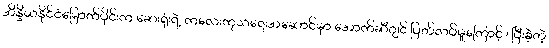
အိန္ဒိယနိုင်ငံမြောက်ပိုင်းက ဆေးရုံးရဲ့ ကလေးကုသရေးအဆောင်မှာ အောက်ဆီဂျင် ပြတ်လပ်မှုကြောင့် ၊ ပြီးခဲ့တဲ့